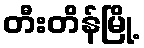
တီးတိန်မြို့